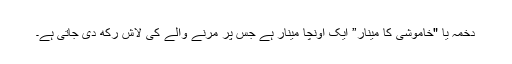
دخمہ یا "خاموشی کا مینار” ایک اونچا مینار ہے جس پر مرنے والے کی لاش رکھ دی جاتی ہے۔